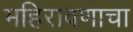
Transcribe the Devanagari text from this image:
महिरावणाचा